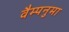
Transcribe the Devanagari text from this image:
वैम्पनुमा